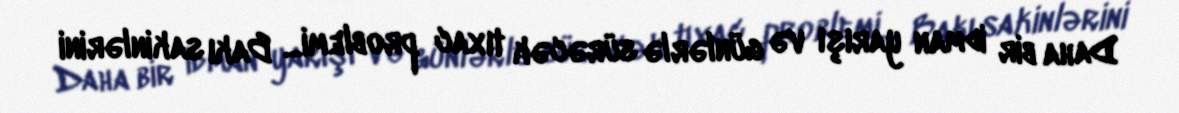
Daha bir idman yarışı və günlərlə sürəcək tıxac problemi... Bakı sakinlərini